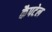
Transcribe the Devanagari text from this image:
कैपटेल